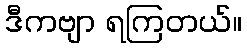
ဒီကဗျာ ရကြတယ်။